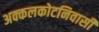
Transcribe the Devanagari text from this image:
अक्कलकोटनिवासी